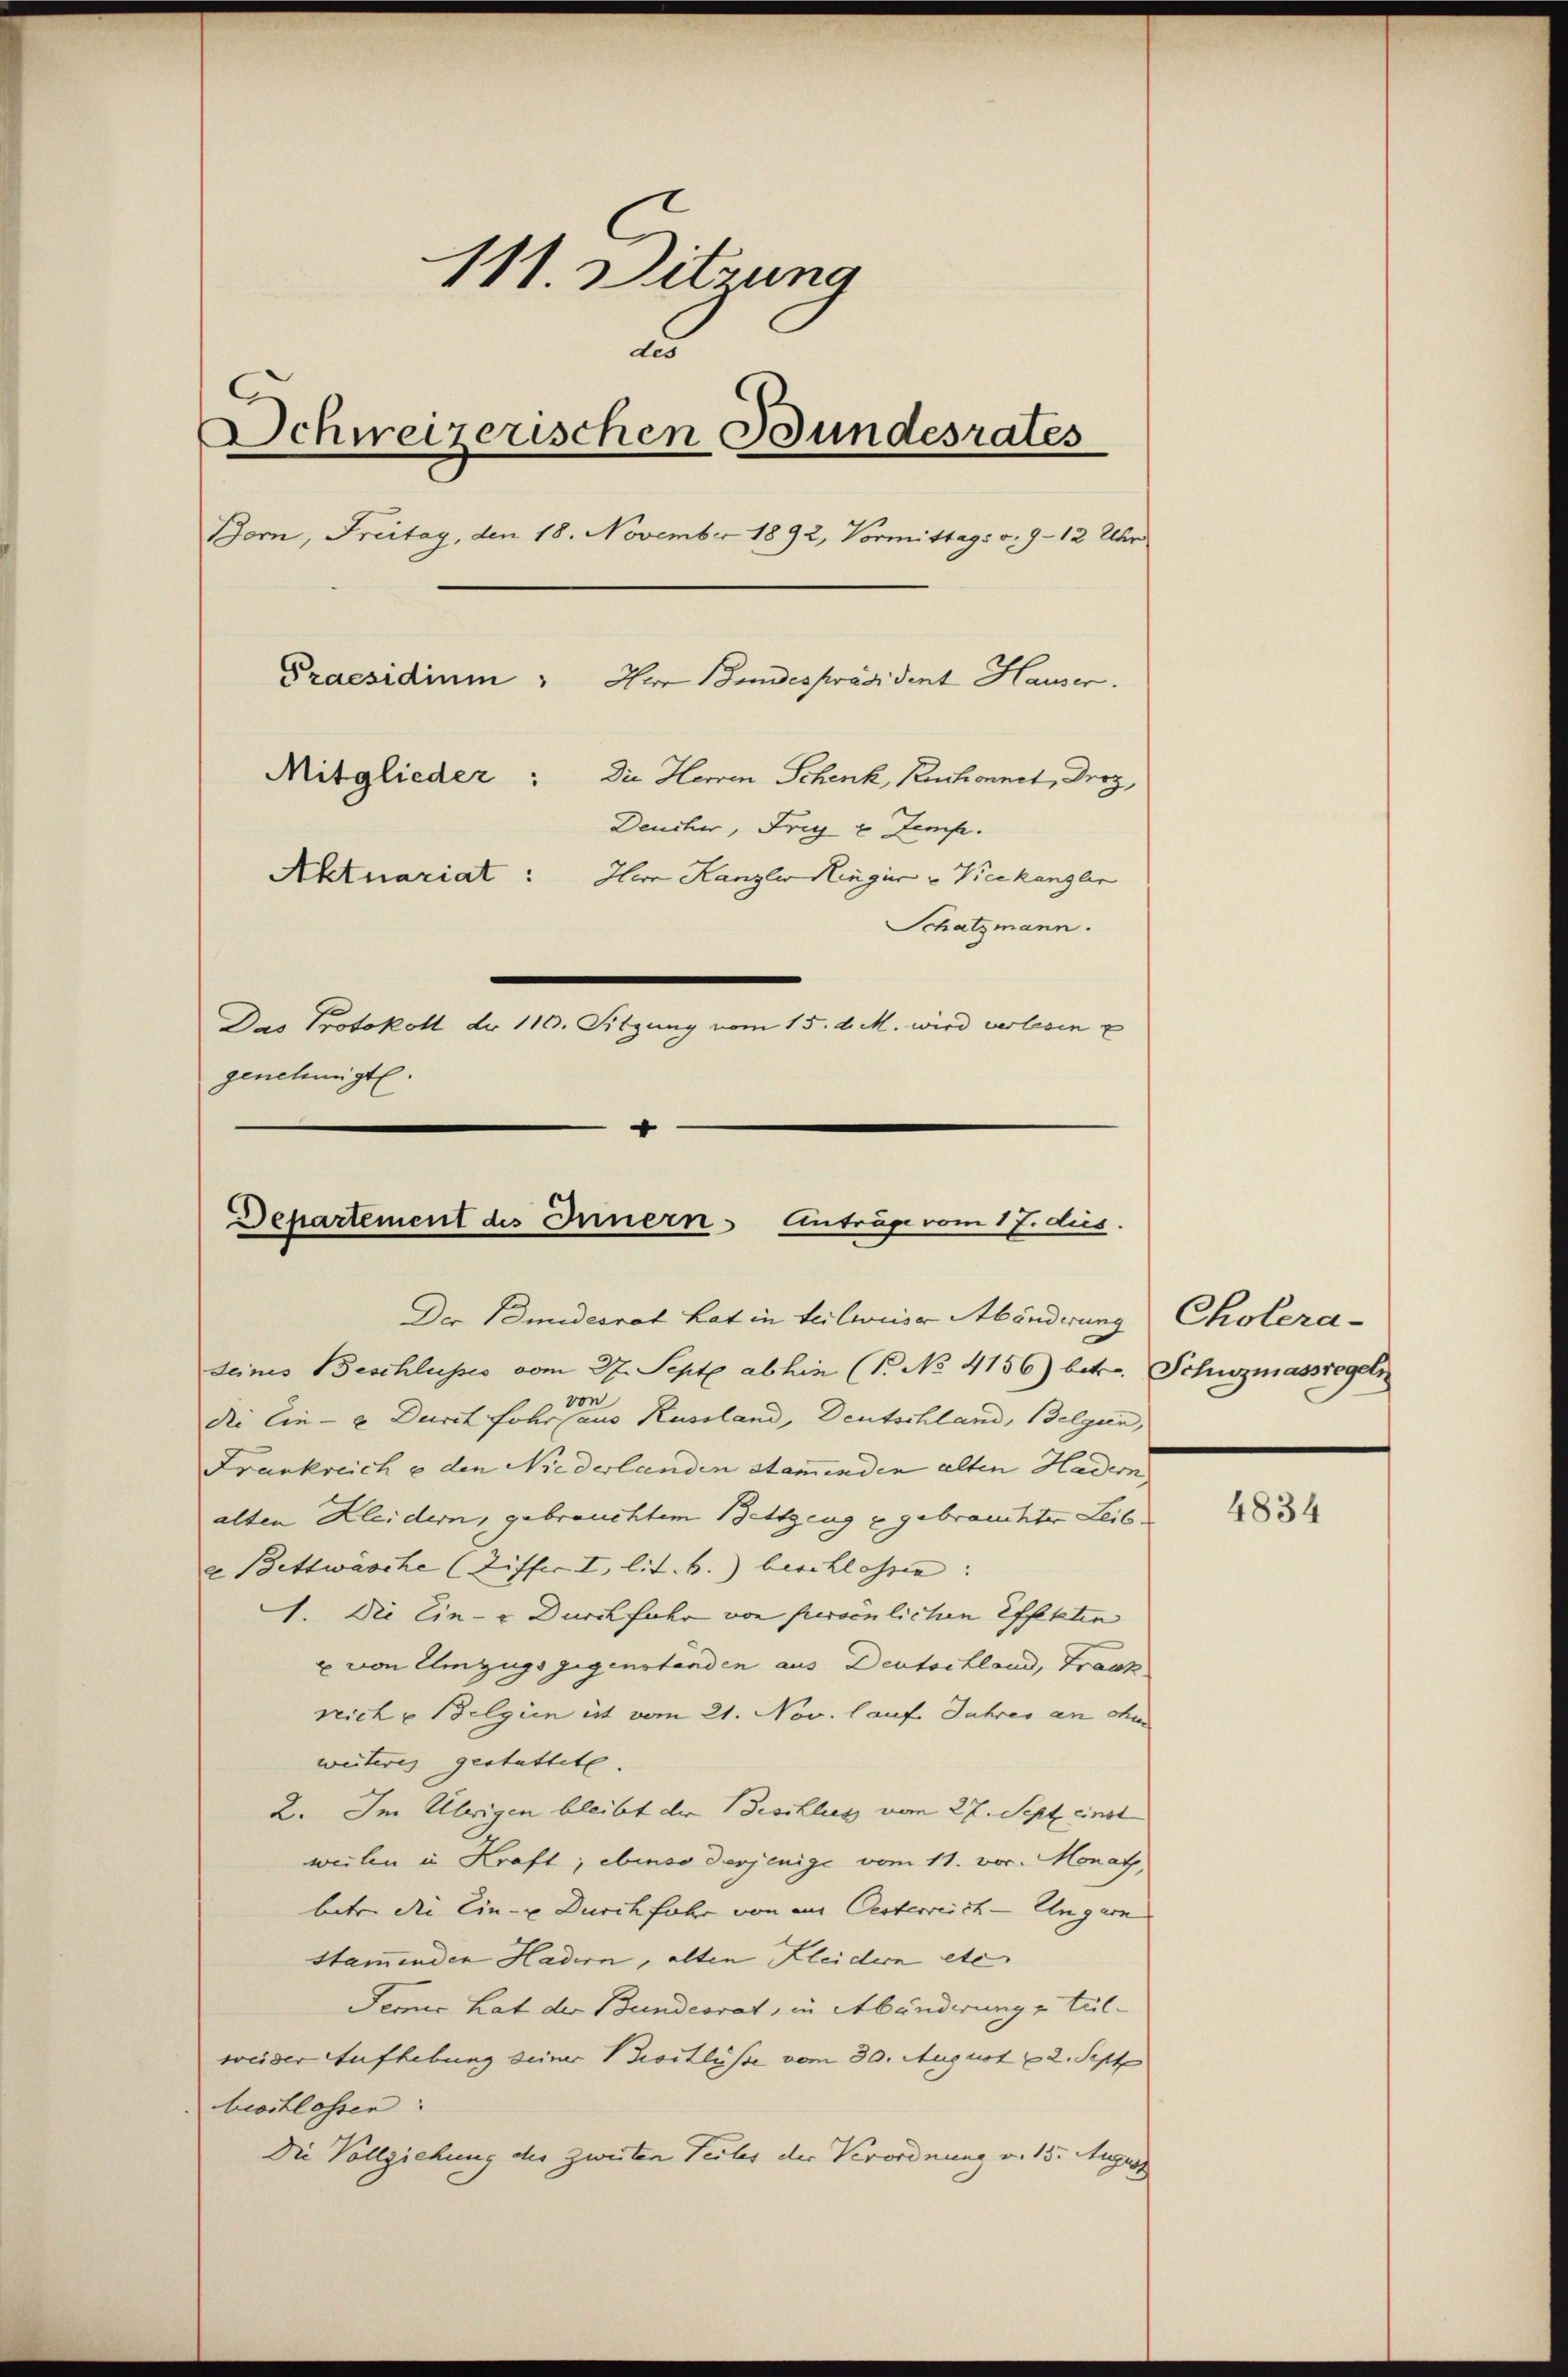
111. Ditzung
d
C
Dchweizerischen Bundesrates
Bern, Freitag, den 18. November 1892, Vormittags v. 9. 12 Uhr
Praesidium " Her Bundespräsident Hauser.
Mitglieder: Die Herren Schenk, Ruchonnet, Droz,
Deucher, Frig u temp
Aktuariat: In Kanzler Hinger u Vicekangen
Schatzmann.
Das Protokoll dr 116. Sitzung vom 15. d. M. wird verlesen u
genehmigt.

Departement des Innern Anträge vom 17. dies
Der Bundesrat hat in teilweise Abänderung Cholera-

deines Beschlusses vom 27. Septe abhin (P. No 4156) betr. Schuzmassregeln
die Ein- u. Durch fahr seinen Russland, Deutschland, Belgien,
Frankreich e den Niederlanden Stammenden alten Hadern
alten Kleidern, gebrauchtem Bettzeug u gebrauchter Leib
u Bettwäsche (Ziffer I. lit. b.) beschlossen:
1. Die Ein- & Durchfuhr von furoenlichen Effekten
u von Umzugs gegenständen aus Deutschland, Frank
reich u Belgien ist vom 21. Nov. lauf Jahres an ohne
weiteres gestattete.
2. Im Übrigen bleibt die Beschluss vom 27. Sept. einst
weilen u. Kraft; ebenso derjenige vom 11. vor. Monat,
betr. die Ein- u. Durchfahr von aus Oesterreich-Ungarn
stamenden Hadern, alten Kleidern etc.
Jemnis hat der Bundesrat, in Abänderung u teil
weider Aufhebung seiner Zoitlüsse vom 30. August 12. Sept
beochlossen:
Die Vollziehung des zweiten Teiles der Verordnung v. 15. August

4834